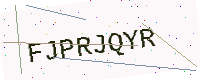
Text: FJPRJQYR